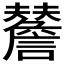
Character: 𧭃